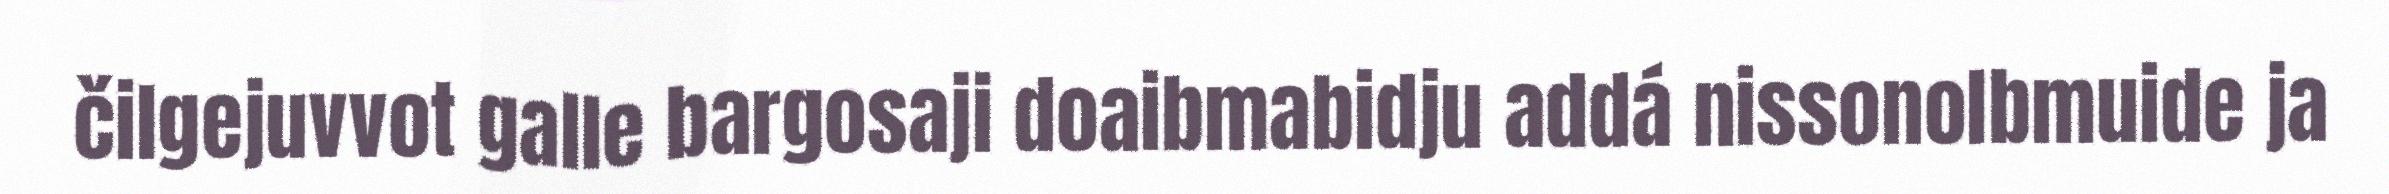
čilgejuvvot galle bargosaji doaibmabidju addá nissonolbmuide ja